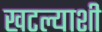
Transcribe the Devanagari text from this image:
खटल्याशी